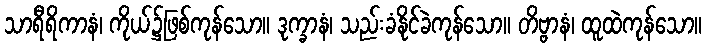
သာရီရိကာနံ၊ ကိုယ်၌ဖြစ်ကုန်သော။ ဒုက္ခာနံ၊ သည်းခံနိုင်ခဲကုန်သော။ တိဗ္ဗာနံ၊ ထူထဲကုန်သော။